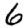
Digit: 6